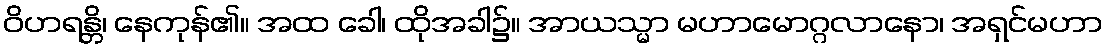
ဝိဟရန္တိ၊ နေကုန်၏။ အထ ခေါ၊ ထိုအခါ၌။ အာယသ္မာ မဟာမောဂ္ဂလာနော၊ အရှင်မဟာ